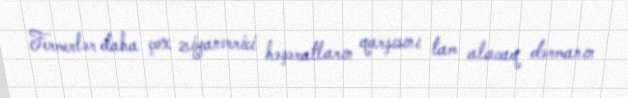
Fermerlər daha çox ziyanverici həşəratların qarşısını tam alacaq dərmanın